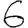
Digit: 6